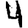
Digit: 4